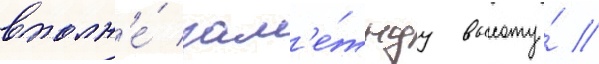
вполн'е́ зам'е́тнуу высоту́ //